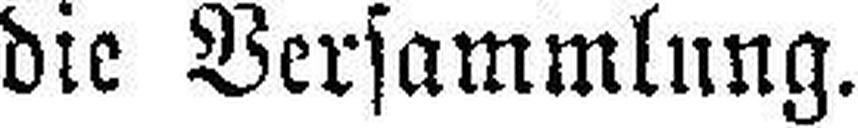
die Versammlung.